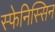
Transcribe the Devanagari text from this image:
स्फेनिस्सिन